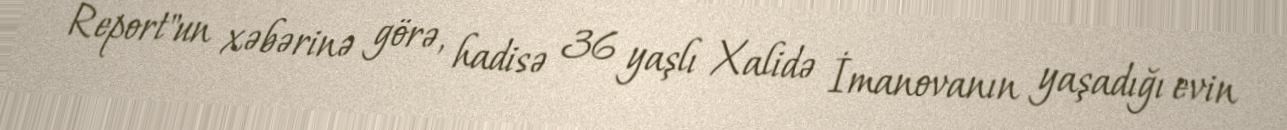
Report"un xəbərinə görə, hadisə 36 yaşlı Xalidə İmanovanın yaşadığı evin